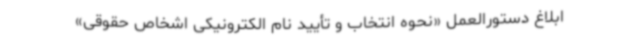
ابلاغ دستورالعمل «نحوه انتخاب و تأیید نام الکترونیکی اشخاص حقوقی»